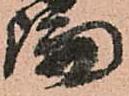
論